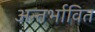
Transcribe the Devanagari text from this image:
अन्तर्भावित